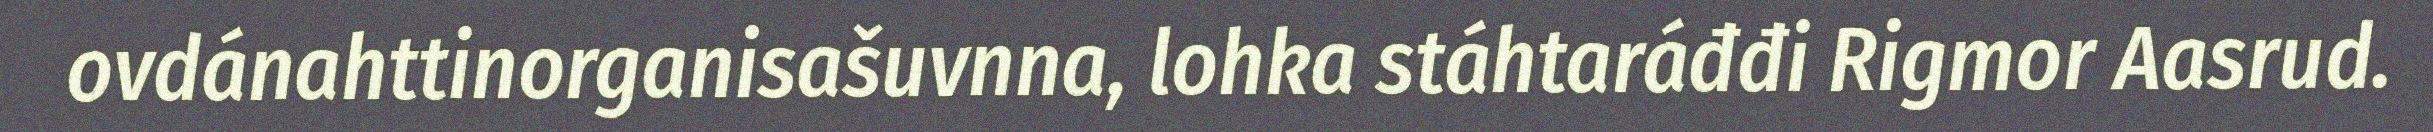
ovdánahttinorganisašuvnna, lohka stáhtaráđđi Rigmor Aasrud.